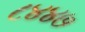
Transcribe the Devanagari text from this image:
८४४७